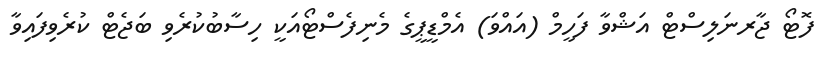
ފޮޓޯ ޖާރނަލިސްޓް އަޝްވާ ފަހީމް (އައްވަ) އެމްޑީޕީގެ މެނިފެސްޓޯއަކީ ހިސާބުކުރެވި ބަޖެޓް ކުރެވިފައިވާ